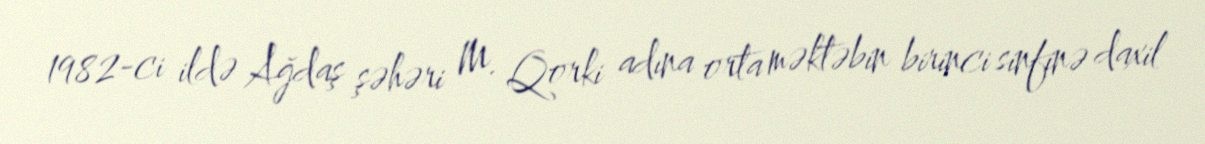
1982-ci ildə Ağdaş şəhəri M. Qorki adına orta məktəbin birinci sinfinə daxil